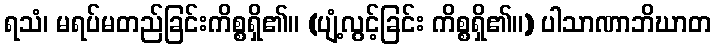
ရသံ၊ မရပ်မတည်ခြင်းကိစ္စရှိ၏။ (ပျံ့လွင့်ခြင်း ကိစ္စရှိ၏။) ပါသာဏာဘိဃာတ